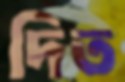
দিত